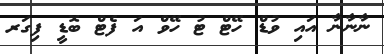
ނާނާނާ އައި ވުޑް ހޭޓް ޓު ހޭވް އަ ފެޓް ބޮޑީ ފިގަރ